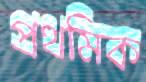
প্রথমিক